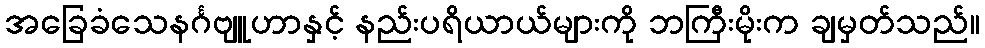
အခြေခံသေနင်္ဂဗျူဟာနှင့် နည်းပရိယာယ်များကို ဘကြီးမိုးက ချမှတ်သည်။